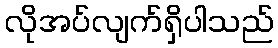
လိုအပ်လျက်ရှိပါသည်